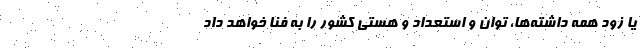
یا زود همه داشته‌ها، توان و استعداد و هستی کشور را به فنا خواهد داد